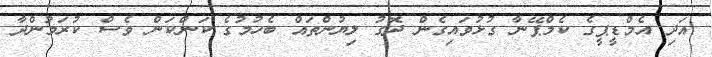
އަދި އެމްޑީޕީގެ ކެމްޕޭނާ ގުޅުވައިގެން ދޮގު ލިޔުންތައް ބެހުމުގެ ކަންކަން ވެސް ކުރަމުންދާ